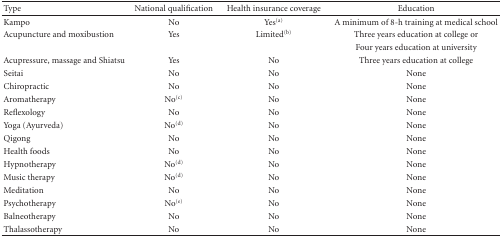
| Type | National qualification | Health insurance coverage | Education |
 | --- | --- | --- | --- |
 | Kampo | No | Yes(a) | A minimum of 8-h training at medical school |
 | Acupuncture and moxibustion | Yes | Limited(b) | Three years education at college or |
 |  |  |  | Four years education at university |
 | Acupressure, massage and Shiatsu | Yes | No | Three years education at college |
 | Seitai | No | No | None |
 | Chiropractic | No | No | None |
 | Aromatherapy | No(c) | No | None |
 | Reflexology | No | No | None |
 | Yoga (Ayurveda) | No(d) | No | None |
 | Qigong | No | No | None |
 | Health foods | No | No | None |
 | Hypnotherapy | No(d) | No | None |
 | Music therapy | No(d) | No | None |
 | Meditation | No | No | None |
 | Psychotherapy | No(e) | No | None |
 | Balneotherapy | No | No | None |
 | Thalassotherapy | No | No | None |